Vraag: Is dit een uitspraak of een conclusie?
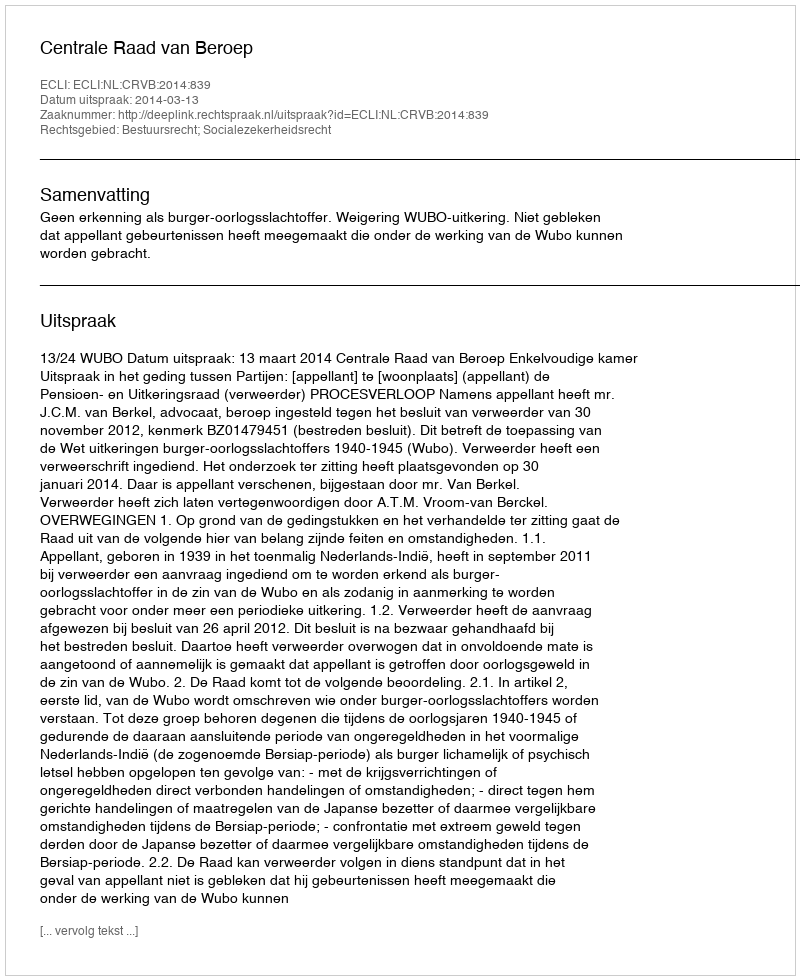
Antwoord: Uitspraak